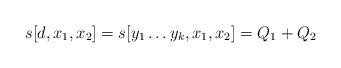
LaTeX: \begin{align*} s [d, x_1, x_2] = s [ y_1 \dots y_k, x_1, x_2] = Q_1 + Q_2\end{align*}